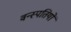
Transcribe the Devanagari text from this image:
वन्स्पतियों